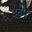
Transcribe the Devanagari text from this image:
क्वैम